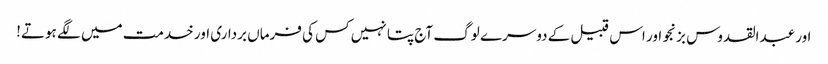
اور عبدالقدوس بزنجو اور اس قبیل کے دوسرے لوگ آج پتا نہیں کس کی فرماں برداری اور خدمت میں لگے ہوتے!